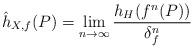
LaTeX: \begin{align*}\hat{h}_{X,f}(P)=\lim_{n \to \infty} \frac{h_{H}(f^{n}(P))}{\delta_{f}^{n}}\end{align*}